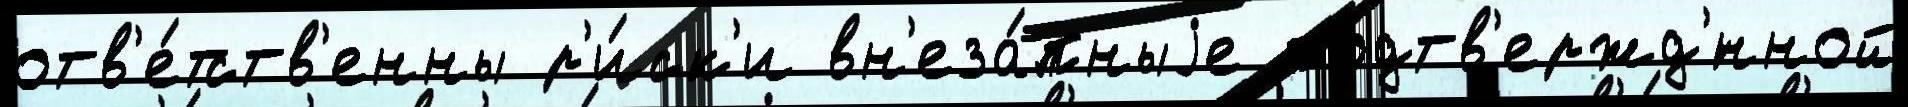
отв'е́тств'енны р'и́ск'и вн'еза́пныjе подтв'ержд'́нной